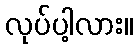
လုပ်ပါ့လား။